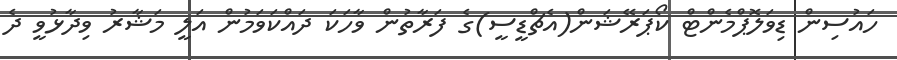
ހައުސިން ޑިވަލޮޕްމެންޓް ކޯޕަރޭޝަން(އެޗްޑީސީ)ގެ ފަރާތުން ވާހަކަ ދައްކަވަމުން އަލީ މަޝާރު ވިދާޅުވީ ދެ